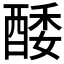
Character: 𨡌